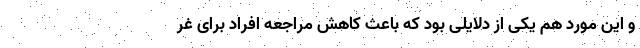
و این مورد هم یکی از دلایلی بود که باعث کاهش مراجعه افراد برای غر